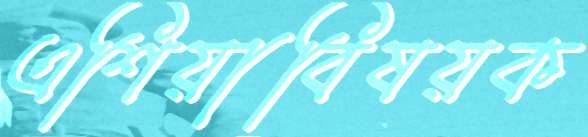
এশিয়াবিষয়ক